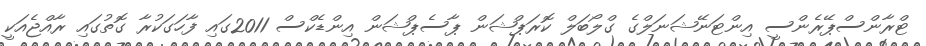
ޓްރާންސްޕޭރެންސީ އިންޓަނޭޝަނަލްގެ ގްލޯބަލް ކޮރަޕްޝަން ޕާސެޕްޝަން އިންޑެކްސް 2011ގައި ފާހަގަކުރާ ގޮތުގައި ރާއްޖެއަކީ